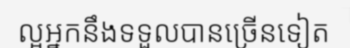
ល្អអ្នកនឹងទទួលបានច្រើនទៀត